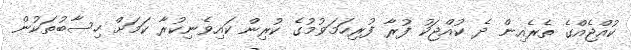
ކުއްޖެއްގެ ތެރެއިން ދެ ކުއްޖަކު ފުރާ ފުރިހަމަވުމުގެ ކުރިން ކައިވެނިކުރާ ކަމަށް ހިސާބުތަކުން